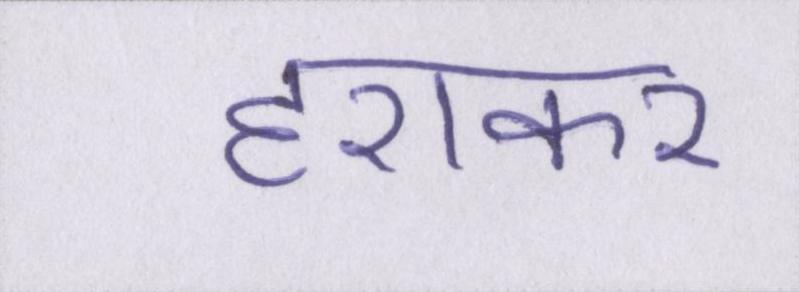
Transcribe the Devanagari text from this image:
हराकर